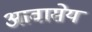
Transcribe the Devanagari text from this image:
आवासेय